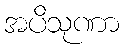
အပိသုဏာ